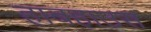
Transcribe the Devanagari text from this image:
हाबहाउस